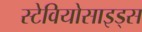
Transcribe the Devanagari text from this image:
स्टेवियोसाइड्स